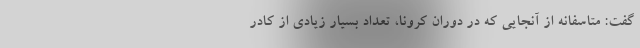
گفت: متاسفانه از آنجایی که در دوران کرونا، تعداد بسیار زیادی از کادر